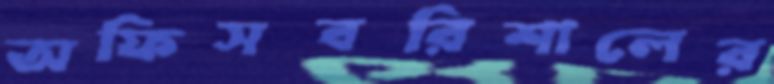
অফিসবরিশালের